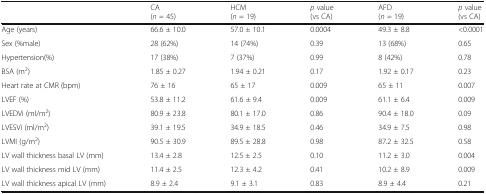
<table><thead><tr><td></td><td><b>CA(<i>n</i> = 45)</b></td><td><b>HCM(<i>n</i> = 19)</b></td><td><b><i>p</i> value(vs CA)</b></td><td><b>AFD(<i>n</i> = 19)</b></td><td><b><i>p</i> value(vs CA)</b></td></tr></thead><tbody><tr><td>Age (years)</td><td>66.6 ± 10.0</td><td>57.0 ± 10.1</td><td>0.0004</td><td>49.3 ± 8.8</td><td>&lt;0.0001</td></tr><tr><td>Sex (%male)</td><td>28 (62%)</td><td>14 (74%)</td><td>0.39</td><td>13 (68%)</td><td>0.65</td></tr><tr><td>Hypertension(%)</td><td>17 (38%)</td><td>7 (37%)</td><td>0.99</td><td>8 (42%)</td><td>0.78</td></tr><tr><td>ΒSA (m<sup>2</sup>)</td><td>1.85 ± 0.27</td><td>1.94 ± 0.21</td><td>0.17</td><td>1.92 ± 0.17</td><td>0.23</td></tr><tr><td>Heart rate at CMR (bpm)</td><td>76 ± 16</td><td>65 ± 17</td><td>0.009</td><td>65 ± 11</td><td>0.007</td></tr><tr><td>LVEF (%)</td><td>53.8 ± 11.2</td><td>61.6 ± 9.4</td><td>0.009</td><td>61.1 ± 6.4</td><td>0.009</td></tr><tr><td>LVEDVi (ml/m<sup>2</sup>)</td><td>80.9 ± 23.8</td><td>80.1 ± 17.0</td><td>0.86</td><td>90.4 ± 18.0</td><td>0.09</td></tr><tr><td>LVESVi (ml/m<sup>2</sup>)</td><td>39.1 ± 19.5</td><td>34.9 ± 18.5</td><td>0.46</td><td>34.9 ± 7.5</td><td>0.98</td></tr><tr><td>LVMI (g/m<sup>2</sup>)</td><td>90.5 ± 30.9</td><td>89.5 ± 28.8</td><td>0.98</td><td>87.2 ± 32.5</td><td>0.58</td></tr><tr><td>LV wall thickness basal LV (mm)</td><td>13.4 ± 2.8</td><td>12.5 ± 2.5</td><td>0.10</td><td>11.2 ± 3.0</td><td>0.004</td></tr><tr><td>LV wall thickness mid LV (mm)</td><td>11.4 ± 2.5</td><td>12.3 ± 4.2</td><td>0.41</td><td>10.2 ± 8.9</td><td>0.009</td></tr><tr><td>LV wall thickness apical LV (mm)</td><td>8.9 ± 2.4</td><td>9.1 ± 3.1</td><td>0.83</td><td>8.9 ± 4.4</td><td>0.21</td></tr></tbody></table>